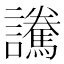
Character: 𲁿